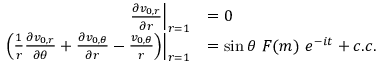
\begin{array} { r l } { \left. \frac { \partial v _ { 0 , r } } { \partial r } \right| _ { r = 1 } } & { = 0 } \\ { \left. \left( \frac { 1 } { r } \frac { \partial v _ { 0 , r } } { \partial \theta } + \frac { \partial v _ { 0 , \theta } } { \partial r } - \frac { v _ { 0 , \theta } } { r } \right) \right| _ { r = 1 } } & { = \sin { \theta } ~ F ( m ) ~ e ^ { - i t } + c . c . } \end{array}